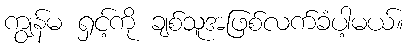
ကျွန်မ ရှင့်ကို ချစ်သူအဖြစ်လက်ခံပါ့မယ်။